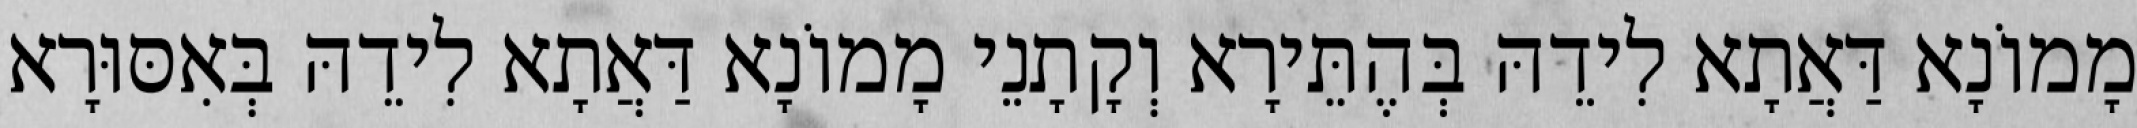
מָמוֹנָא דַּאֲתָא לִידֵהּ בְּהֶתֵּירָא וְקָתָנֵי מָמוֹנָא דַּאֲתָא לִידֵהּ בְּאִסּוּרָא